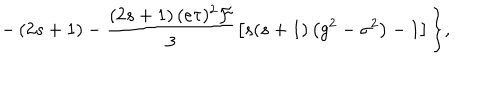
LaTeX: - \left( 2 s + 1 \right) - \frac { \left( 2 s + 1 \right) ( e \tau ) ^ { 2 } \mathcal { F } } 3 \left[ s ( s + 1 ) \left( g ^ { 2 } - \sigma ^ { 2 } \right) - 1 \right] \biggl \} ,